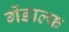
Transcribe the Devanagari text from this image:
गेंडाल्फ